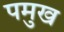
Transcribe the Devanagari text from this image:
पमुख